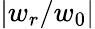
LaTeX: |w_{r}/w_{0}|